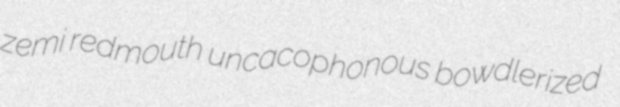
zemi redmouth uncacophonous bowdlerized